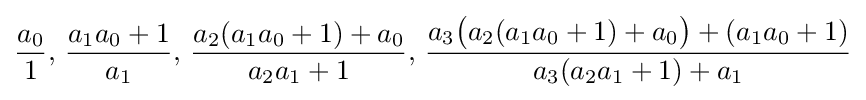
{\frac {a_{0}}{1}},\,{\frac {a_{1}a_{0}+1}{a_{1}}},\,{\frac {a_{2}(a_{1}a_{0}+1)+a_{0}}{a_{2}a_{1}+1}},\,{\frac {a_{3}{\bigl (}a_{2}(a_{1}a_{0}+1)+a_{0}{\bigr )}+(a_{1}a_{0}+1)}{a_{3}(a_{2}a_{1}+1)+a_{1}}}